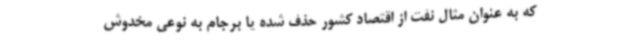
که به عنوان مثال نفت از اقتصاد کشور حذف شده یا برجام به نوعی مخدوش